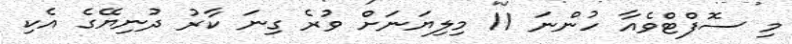
މި ސޮފްޓްވެއާ ހުންނަ 11 މިލިޔަނަށް ވުރެ ގިނަ ކާރު ދުނިޔޭގެ އެކި